Rangoon Lunatic Asylum 1878-1892 - 1878-1892
Year: 1878
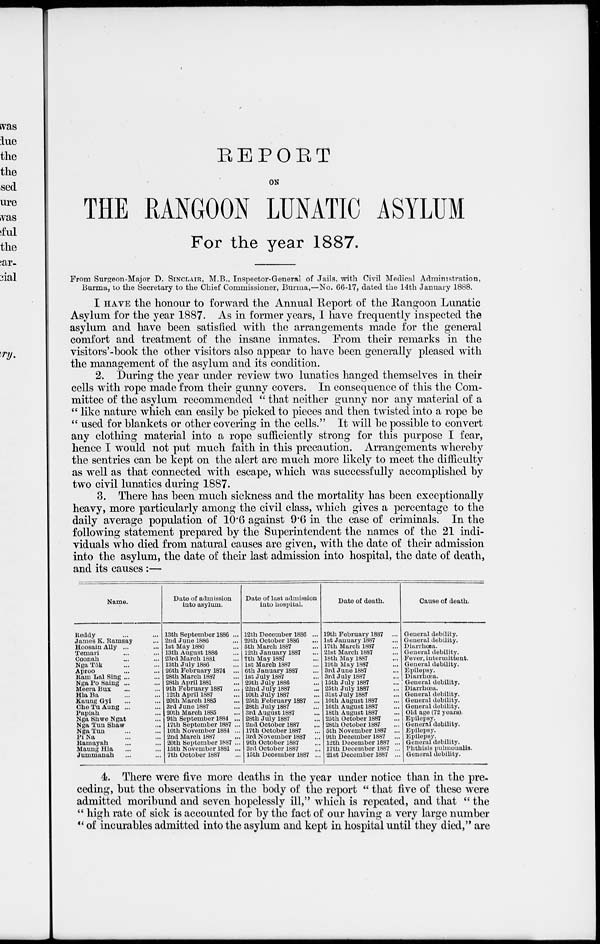
REPORT
ON
THE RANGOON LUNATIC ASYLUM
For the year 1887.
From Surgeon-Major D. SINCLIAR, M.B., Inspector-General of Jails, with Civil Medical Administration,
Burma, to the Secretary to the Chief Commissioner, Burma,—No. 66-17, dated the 14th January 1888.
I HAVE the honour to forward the Annual Report of the Rangoon Lunatic
Asylum for the year 1887. As in former years, I have frequently inspected the
asylum and have been satisfied with the arrangements made for the general
comfort and treatment of the insane inmates. From their remarks in the
visitors'-book the other visitors also appear to have been generally pleased with
the management of the asylum and its condition.
2. During the year under review two lunatics hanged themselves in their
cells with rope made from their gunny covers. In consequence of this the Com-
mittee of the asylum recommended " that neither gunny nor any material of a
" like nature which can easily be picked to pieces and then twisted into a rope be
" used for blankets or other covering in the cells." It will be possible to convert
any clothing material into a rope sufficiently strong for this purpose I fear,
hence I would not put much faith in this precaution. Arrangements whereby
the sentries can be kept on the alert are much more likely to meet the difficulty
as well as that connected with escape, which was successfully accomplished by
two civil lunatics during 1887.
3. There has been much sickness and the mortality has been exceptionally
heavy, more particularly among the civil class, which gives a percentage to the
daily average population of 10.6 against 9.6 in the case of criminals. In the
following statement prepared by the Superintendent the names of the 21 indi-
viduals who died from natural causes are given, with the date of their admission
into the asylum, the date of their last admission into hospital, the date of death,
and its causes :—
Name.
Reddy ... ...
James K. Ramsay...
Hoosain Ally ... ...
Temari ... ...
Coonah ... ...
Nga Tôk ... ...
Aproo ... ...
Ram Lal Sing ... ...
Nga Po Saing ... ...
Meera Bux ... ...
Hla Ba ... ...
Kaung Gyi ... ...
Che Tu Aung ... ...
Papiah ... ...
Nga Shwe Ngat ...
Nga Tun Shaw ...
Nga Tun ... ...
Pi Na ... ...
Ramayah ... ...
Maung Hla ... ...
Jummanah ... ...
Date of admission
into asylum.
13th September 1886 ...
2nd June 1886...
1st May 1880...
13th August 1886...
23rd March 1881...
13th July 1886...
26th February 1874 ...
28th March 1887...
28th April 1881...
9th February 1887...
12th April 1887...
20th March 1885...
3rd June 1887...
20th March 1885...
9th September 1884 ...
17th September 1887 ...
10th November 1884 ...
2nd March 1887...
20th September 1887 ...
15th November 1881 ...
7th October 1887...
Date of last admission
into hospital.
12th December 1886 ...
29th October 1886...
5th March 1887...
12th January 1887...
7th May 1887...
1st March 1887...
6th January 1887...
1st July 1887...
29th July 1886...
22nd July 1887...
10th July 1887...
25th February 1887 ...
28th July 1887...
3rd August 1887...
28th July 1887...
2nd October 1887...
17th October 1887...
3rd November 1887...
9th October 1887...
3rd October 1887...
15th December 1887 ...
Date of death.
19th February 1887 ...
1st January 1887...
17th March 1887...
21st March 1887...
18th May 1887...
19th May 1887...
3rd June 1887...
3rd July 1887...
15th July 1887...
25th July 1887...
31st July 1887...
10th August 1887...
16th August 1887...
18th August 1887...
25th October 1887...
28th October 1887...
5th November
1887...
9th December 1887...
12th December 1887 ...
17th December 1887 ...
21st December 1887 ...
Cause of death.
General debility.
General debility.
Diarrhœa.
General debility.
Fever, intermittent.
General debility.
Epilepsy.
Diarrhœa.
General debility.
Diarrhœa.
General debility.
General debility.
General debility.
Old age (72 years).
Epilepsy.
General debility.
Epilepsy.
Epilepsy.
General debility.
Phthisis pulmonalis.
General debility.
4. There were five more deaths in the year under notice than in the pre-
ceding, but the observations in the body of the report " that five of these were
admitted moribund and seven hopelessly ill," which is repeated, and that " the
" high rate of sick is accounted for by the fact of our having a very large number
" of incurables admitted into the asylum and kept in hospital until they died," are